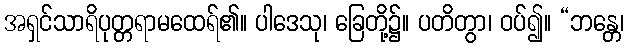
အရှင်သာရိပုတ္တရာမထေရ်၏။ ပါဒေသု၊ ခြေတို့၌။ ပတိတွာ၊ ဝပ်၍။ “ဘန္တေ၊